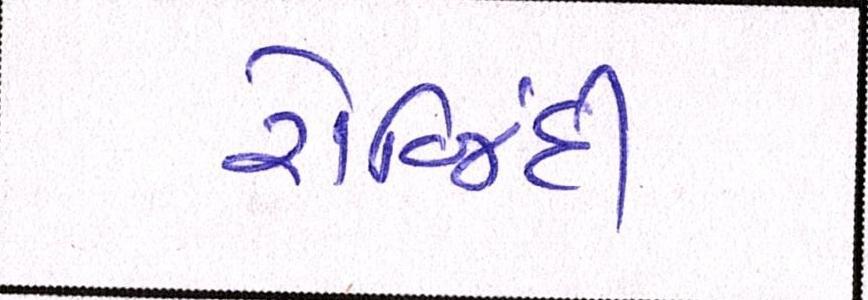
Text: રોજિંદી